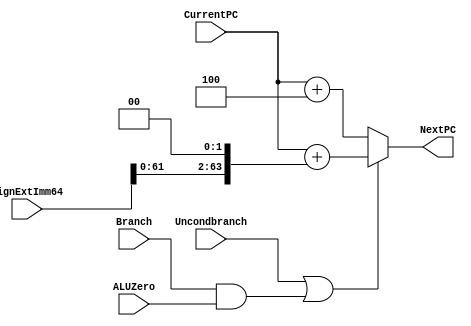
`timescale 1ns/1ps

module NextPCLogic(
    output reg [63:0] NextPC,
    input      [63:0] CurrentPC,
    input      [63:0] SignExtImm64,
    input             Branch,
    input             ALUZero,
    input             Uncondbranch
);

always @(*)     //combinational logic needs to be sensitive to all inputs
begin
    if (Uncondbranch || (Branch && ALUZero))
        NextPC = CurrentPC + (SignExtImm64 << 2);       //shift sign extender first before addition
    else
        NextPC = CurrentPC + 4;
end

endmodule